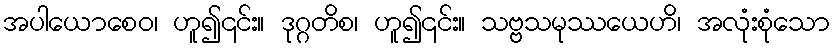
အပါယောစေဝ၊ ဟူ၍၎င်း။ ဒုဂ္ဂတိစ၊ ဟူ၍၎င်း။ သဗ္ဗသမုဿယေဟိ၊ အလုံးစုံသော